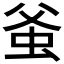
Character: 𧉊